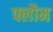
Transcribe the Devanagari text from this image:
फ्लौम